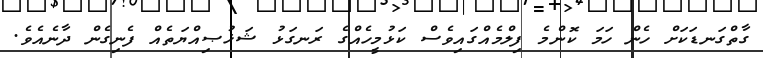
ގާތްގަނޑަކަށް ހެން ހަމަ ކޮންމެ ފިލްމެއްގައިވެސް ކަޅުމީހެއްގެ ރަނގަޅު ޝަޚުޞިއްޔަތެއް ފެނިގެން ދާނެއެވެ.